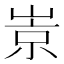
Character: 𡹞